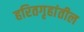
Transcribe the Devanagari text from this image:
हरितगृहांतील